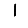
Digit: 1